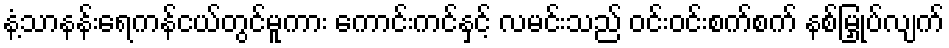
နံ့သာနန်းရေကန်ငယ်တွင်မူကား ကောင်းကင်နှင့် လမင်းသည် ဝင်းဝင်းစက်စက် နစ်မြှုပ်လျက်